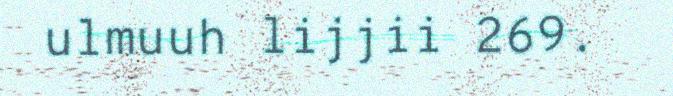
ulmuuh lijjii 269.